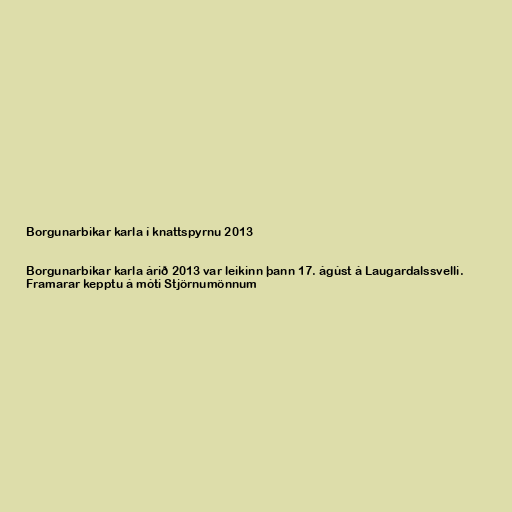
Borgunarbikar karla í knattspyrnu 2013

Borgunarbikar karla árið 2013 var leikinn þann 17. ágúst á Laugardalssvelli.
Framarar kepptu á móti Stjörnumönnum